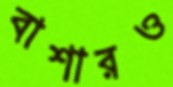
বাশারও